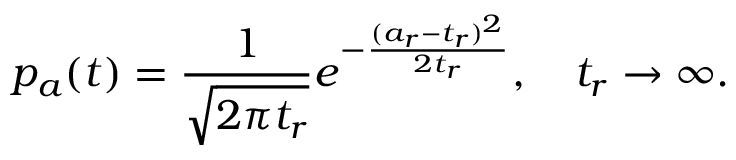
p _ { a } ( t ) = \frac { 1 } { \sqrt { 2 \pi t _ { r } } } e ^ { - \frac { ( a _ { r } - t _ { r } ) ^ { 2 } } { 2 t _ { r } } } , \quad t _ { r } \to \infty .